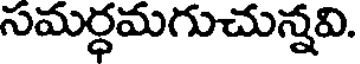
సమర్ధమగుచున్నవి.